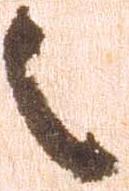
之